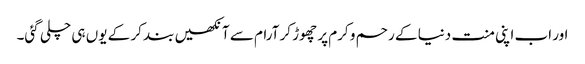
اور اب اپنی منت دنیا کے رحم و کرم پر چھوڑ کر آرام سے آنکھیں بند کر کے یوں ہی چلی گئی۔